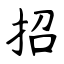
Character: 招